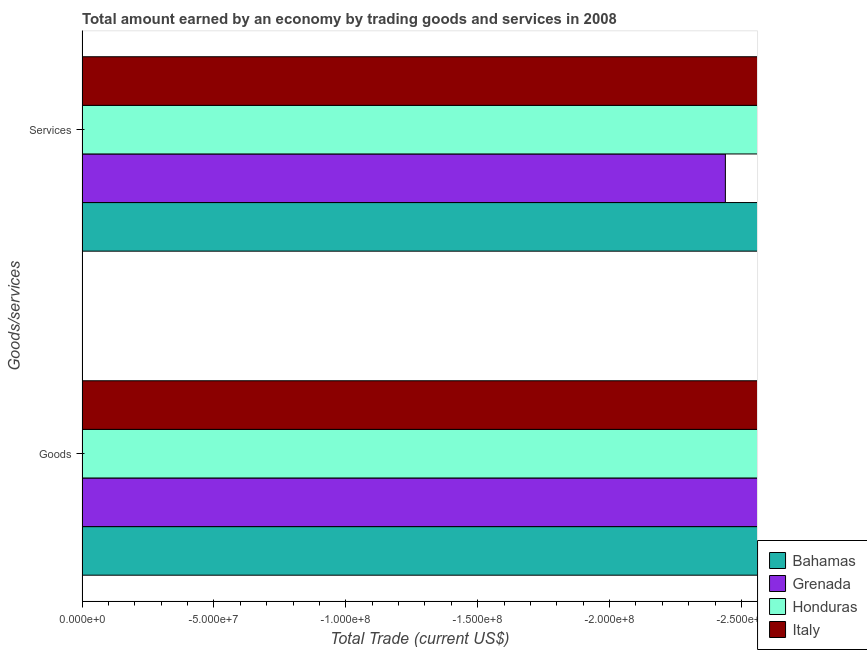
| Goods/services | Bahamas | Grenada | Honduras | Italy |
 | --- | --- | --- | --- | --- |
 | Goods | -2.24e+09 | -2.98e+08 | -5.36e+09 | -3.97e+09 |
 | Services | -1.11e+09 | -2.44e+08 | -4.58e+09 | -1.95e+10 |